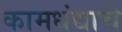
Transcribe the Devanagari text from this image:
कामधंद्याचे